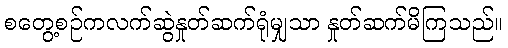
စတွေ့စဉ်ကလက်ဆွဲနှုတ်ဆက်ရုံမျှသာ နှုတ်ဆက်မိကြသည်။